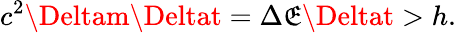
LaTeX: c^{2}\Deltam\Deltat=\Delta\mathfrak{E}\Deltat>h.